Bréfritari: Guðný Jónsdóttir
Viðtakandi: Jón Borgfirðingur
Dagsetning: A-1890-12-15
Skrifað á: Gerðukoti
Dóttir Jóns Borgfirðings

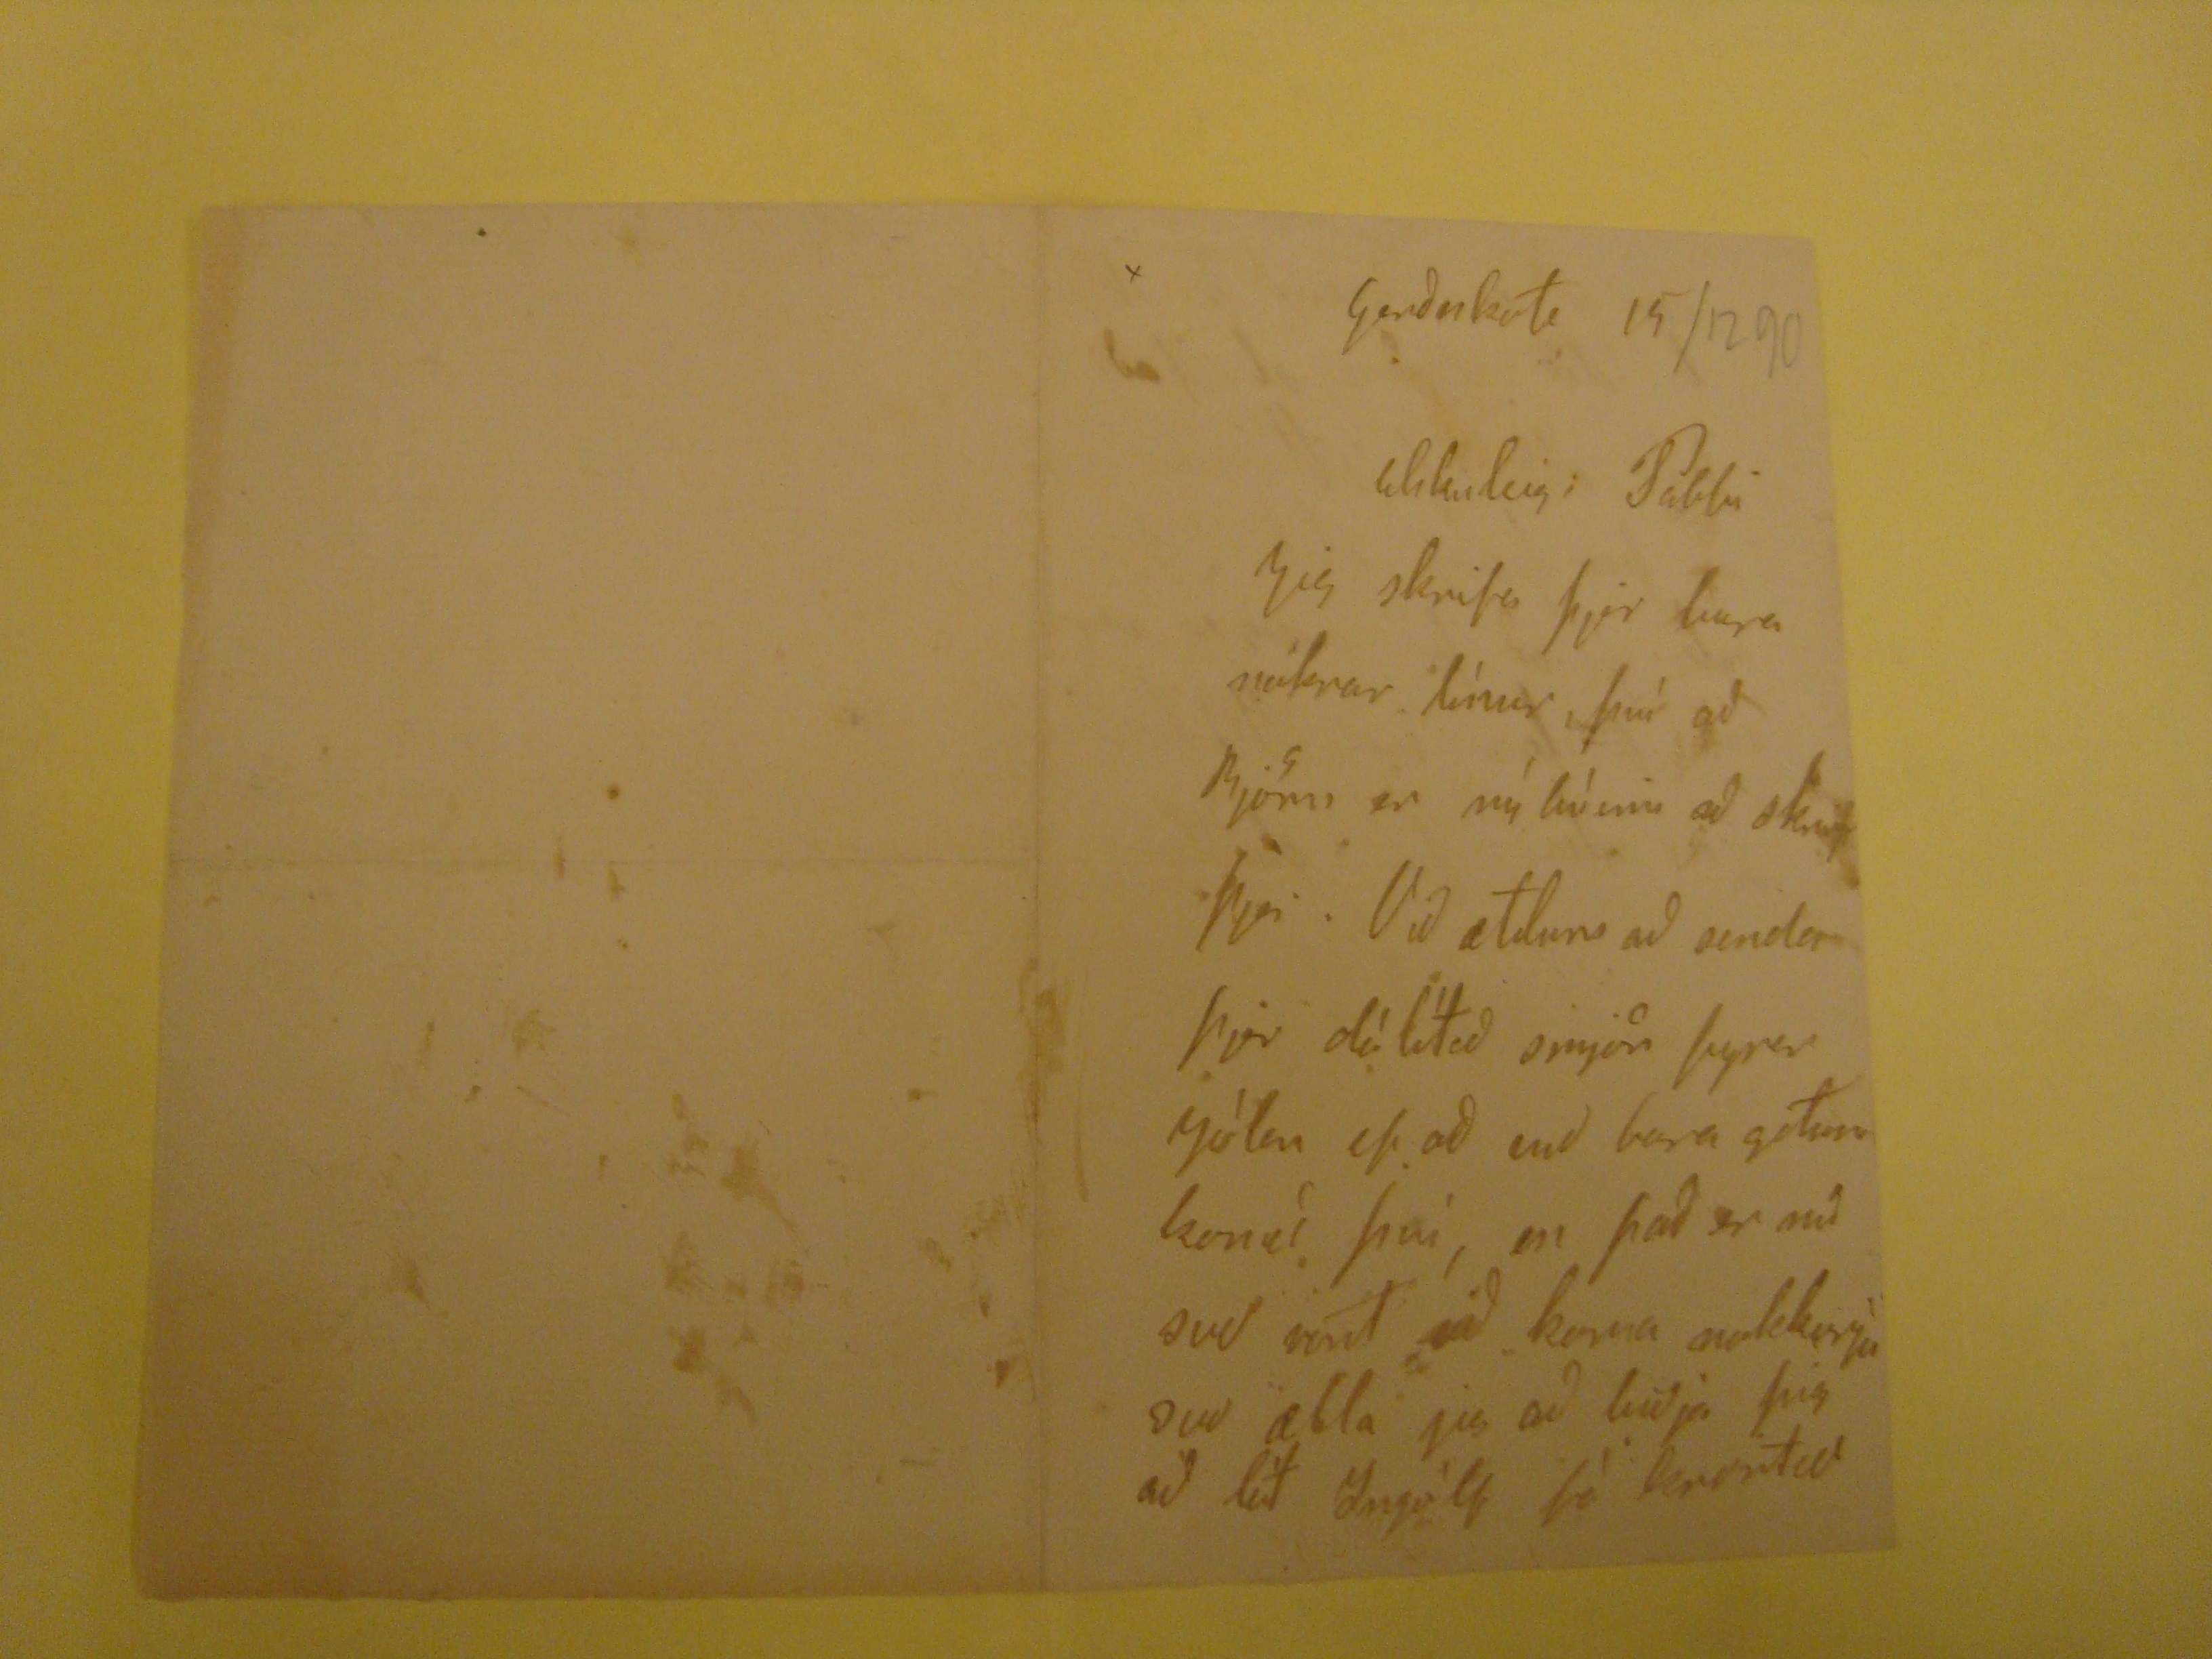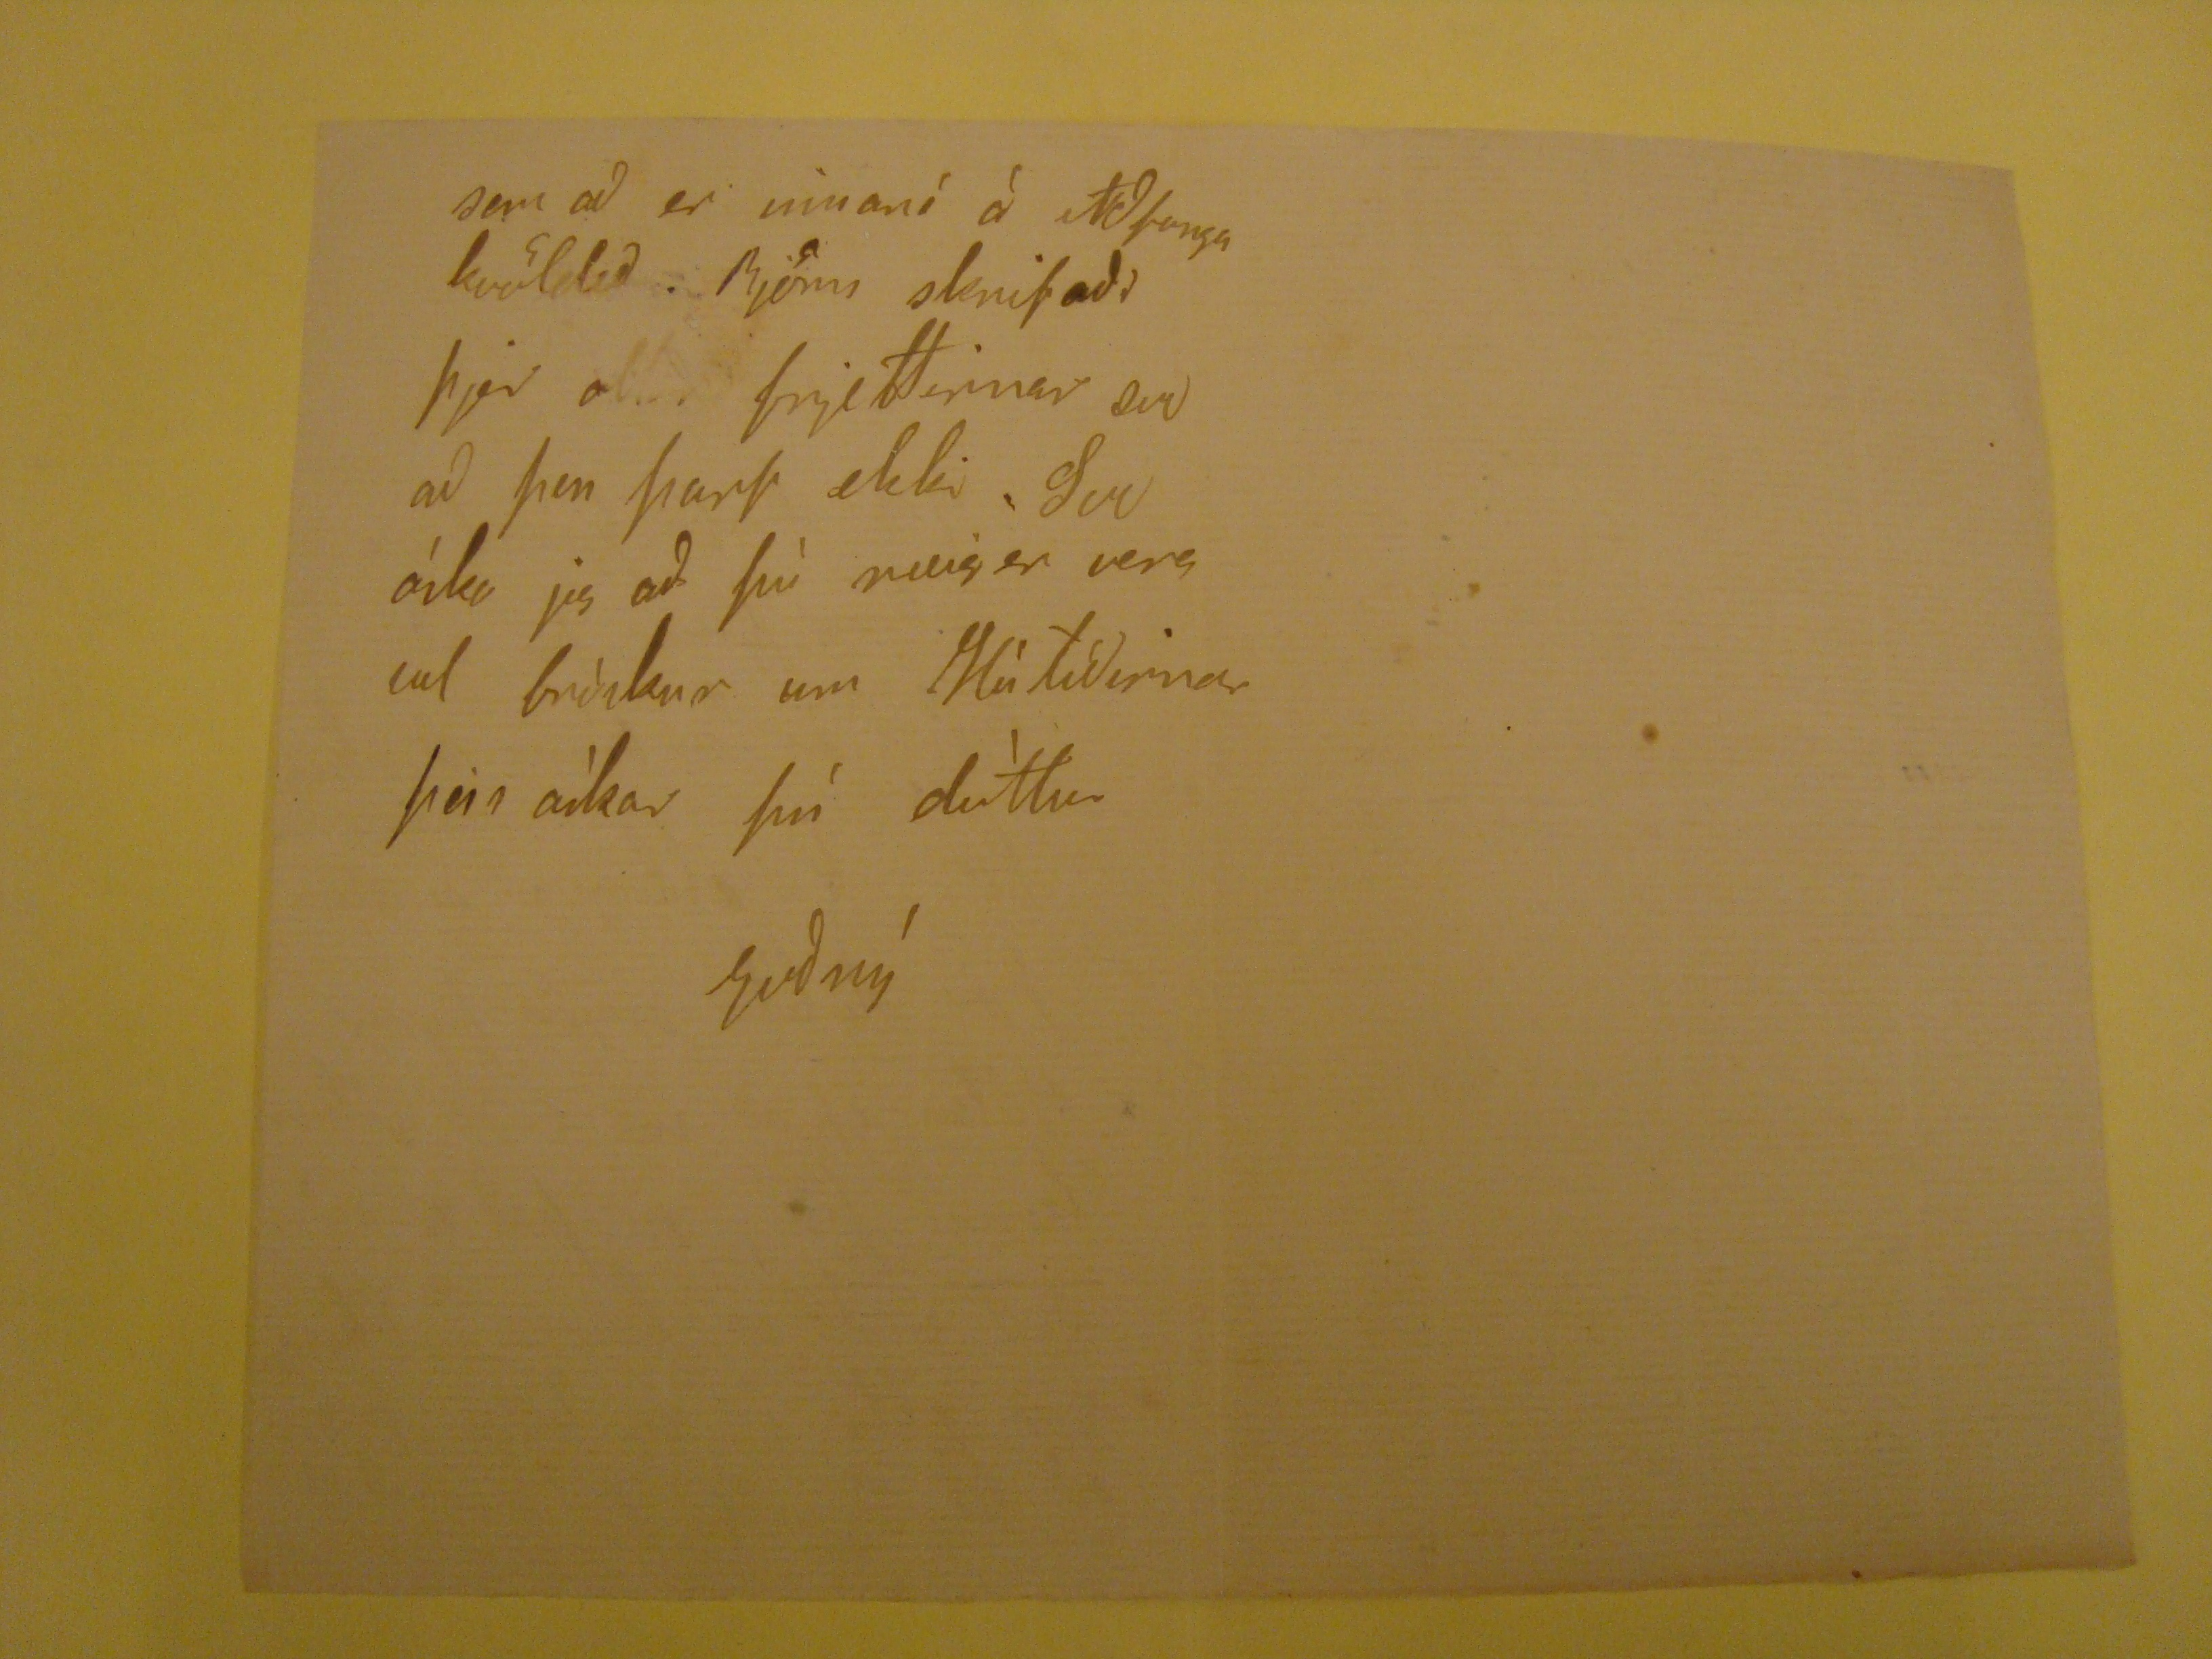

Gerdukoti 15/12 90
Elskuleigi Pabbi
Jeg skrifa þjer
lugra
nokrar lìnur því að
Bjónu
er nýbúinn ad skrifa þjer. Vid ætlum ad senda þjer dálítid smjör fyrir jólin ef ad
end
bara gólun komí því, en þad er nú svo rínt vid koma nokkurju svo ætla jeg ad bidja þig ad lát Ingólf fá
lenvintar
sem ad er
mínaní
á Aðfangakvöldid. Bjómi skrifaði þjer allar frjettirnar sem ad þer þarf ekki. Svo áiku jeg ad þú meige er vera vel brúskur um Hátídirnar þeir aìkar þú dóttur
Gudný